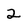
Character: 2